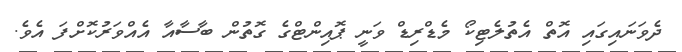
ދެވަނައިގައި އޮތް އެތުލެޓިކޯ މެޑްރިޑް ވަނީ ޕޮއިންޓްގެ ގޮތުން ބާސާއާ އެއްވަރުކޮށްފަ އެވެ.